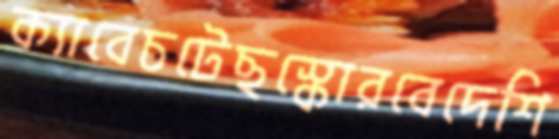
ক্যাবেচটেছস্কোরবেদেশি